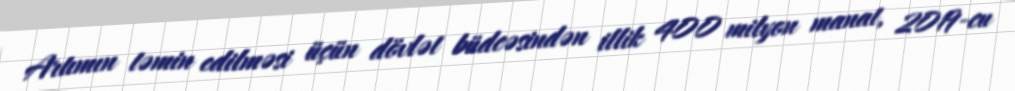
Artımın təmin edilməsi üçün dövlət büdcəsindən illik 400 milyon manat, 2019-cu